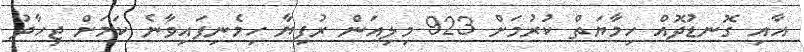
އާއި ގޮނޑުދޮއް ހިމާޔަތް ކުރުމަށް 923 މިލިއަން ރުފިޔާ ހިމެނިފައިވާނެ ކަމަށް ޖިހާދު